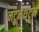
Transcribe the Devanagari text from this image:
नटूनथटून